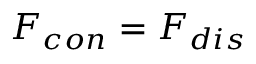
F _ { c o n } = F _ { d i s }